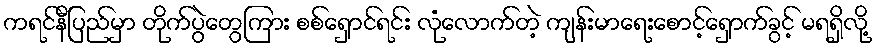
ကရင်နီပြည်မှာ တိုက်ပွဲတွေကြား စစ်ရှောင်ရင်း လုံလောက်တဲ့ ကျန်းမာရေးစောင့်ရှောက်ခွင့် မရရှိလို့